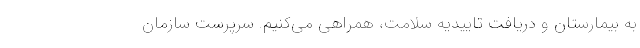
به بیمارستان و دریافت تاییدیه سلامت، همراهی می‌کنیم. سرپرست سازمان